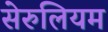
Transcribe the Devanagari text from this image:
सेरुलियम